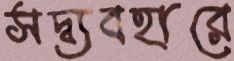
সদ্ব্যবহারে